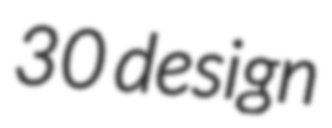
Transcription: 30 design